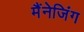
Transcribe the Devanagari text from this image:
मैंनेजिंग